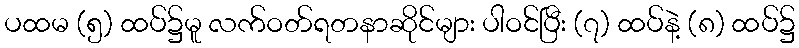
ပထမ (၅) ထပ်၌မူ လက်ဝတ်ရတနာဆိုင်များ ပါဝင်ပြီး (၇) ထပ်နဲ့ (၈) ထပ်၌